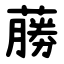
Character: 蕂